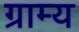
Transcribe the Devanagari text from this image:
ग्राम्‍य